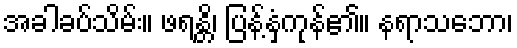
အခါခပ်သိမ်း။ ဖရန္တိ၊ ပြန့်နှံ့ကုန်၏။ နရာသဘော၊